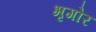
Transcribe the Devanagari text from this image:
भृगोर